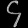
Digit: ၄